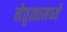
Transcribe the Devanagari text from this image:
नेतृत्वामध्ये